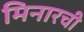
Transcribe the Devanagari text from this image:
मिनारची